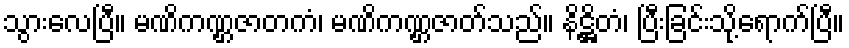
သွားလေပြီ။ မဏိကဏ္ဌဇာတကံ၊ မဏိကဏ္ဌဇာတ်သည်။ နိဋ္ဌိတံ၊ ပြီးခြင်းသို့ရောက်ပြီ။